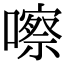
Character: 嚓